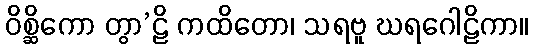
ဝိစ္ဆိကော တွာ’ဠိ ကထိတော၊ သရဗူ ဃရဂေါဠိကာ။